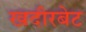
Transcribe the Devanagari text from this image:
खदीरबेट